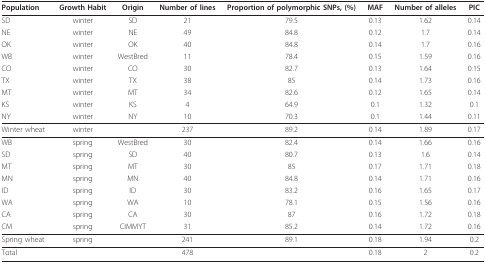
<table><thead><tr><td><b>Population</b></td><td><b>Growth Habit</b></td><td><b>Origin</b></td><td><b>Number of lines</b></td><td><b>Proportion of polymorphic SNPs, (%)</b></td><td><b>MAF</b></td><td><b>Number of alleles</b></td><td><b>PIC</b></td></tr></thead><tbody><tr><td>SD</td><td>winter</td><td>SD</td><td>21</td><td>79.5</td><td>0.13</td><td>1.62</td><td>0.14</td></tr><tr><td>NE</td><td>winter</td><td>NE</td><td>49</td><td>84.8</td><td>0.12</td><td>1.7</td><td>0.14</td></tr><tr><td>OK</td><td>winter</td><td>OK</td><td>40</td><td>84.8</td><td>0.14</td><td>1.7</td><td>0.16</td></tr><tr><td>WB</td><td>winter</td><td>WestBred</td><td>11</td><td>78.4</td><td>0.15</td><td>1.59</td><td>0.16</td></tr><tr><td>CO</td><td>winter</td><td>CO</td><td>30</td><td>82.7</td><td>0.13</td><td>1.64</td><td>0.15</td></tr><tr><td>TX</td><td>winter</td><td>TX</td><td>38</td><td>85</td><td>0.14</td><td>1.73</td><td>0.16</td></tr><tr><td>MT</td><td>winter</td><td>MT</td><td>34</td><td>82.6</td><td>0.12</td><td>1.65</td><td>0.14</td></tr><tr><td>KS</td><td>winter</td><td>KS</td><td>4</td><td>64.9</td><td>0.1</td><td>1.32</td><td>0.1</td></tr><tr><td>NY</td><td>winter</td><td>NY</td><td>10</td><td>70.3</td><td>0.1</td><td>1.44</td><td>0.11</td></tr><tr><td>Winter wheat</td><td>winter</td><td></td><td>237</td><td>89.2</td><td>0.14</td><td>1.89</td><td>0.17</td></tr><tr><td>WB</td><td>spring</td><td>WestBred</td><td>30</td><td>82.4</td><td>0.14</td><td>1.66</td><td>0.16</td></tr><tr><td>SD</td><td>spring</td><td>SD</td><td>40</td><td>80.7</td><td>0.13</td><td>1.6</td><td>0.14</td></tr><tr><td>MT</td><td>spring</td><td>MT</td><td>30</td><td>85</td><td>0.17</td><td>1.71</td><td>0.18</td></tr><tr><td>MN</td><td>spring</td><td>MN</td><td>40</td><td>84.8</td><td>0.14</td><td>1.71</td><td>0.16</td></tr><tr><td>ID</td><td>spring</td><td>ID</td><td>30</td><td>83.2</td><td>0.16</td><td>1.65</td><td>0.17</td></tr><tr><td>WA</td><td>spring</td><td>WA</td><td>10</td><td>78.1</td><td>0.15</td><td>1.56</td><td>0.16</td></tr><tr><td>CA</td><td>spring</td><td>CA</td><td>30</td><td>87</td><td>0.16</td><td>1.72</td><td>0.18</td></tr><tr><td>CM</td><td>spring</td><td>CIMMYT</td><td>31</td><td>85.2</td><td>0.14</td><td>1.72</td><td>0.16</td></tr><tr><td>Spring wheat</td><td>spring</td><td></td><td>241</td><td>89.1</td><td>0.18</td><td>1.94</td><td>0.2</td></tr><tr><td>Total</td><td></td><td></td><td>478</td><td></td><td>0.18</td><td>2</td><td>0.2</td></tr></tbody></table>